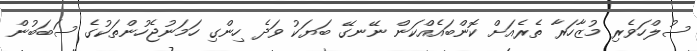
ސުލްހަވެރި މުޒާހަރާ ތެރެއަށް ކޮންބައެއްކަން ނޭނގޭ ބަޔަކު ވަދެ ހިންގި ހަމަނުޖެހުންތަކުގެ ސަބަބުން